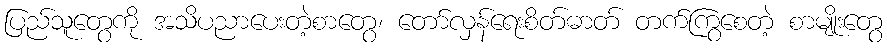
ပြည်သူတွေကို အသိပညာပေးတဲ့စာတွေ၊ တော်လှန်ရေးစိတ်ဓာတ် တက်ကြွစေတဲ့ စာမျိုးတွေ